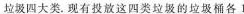
垃圾四大类。现有投放这四类垃圾的垃圾桶各1